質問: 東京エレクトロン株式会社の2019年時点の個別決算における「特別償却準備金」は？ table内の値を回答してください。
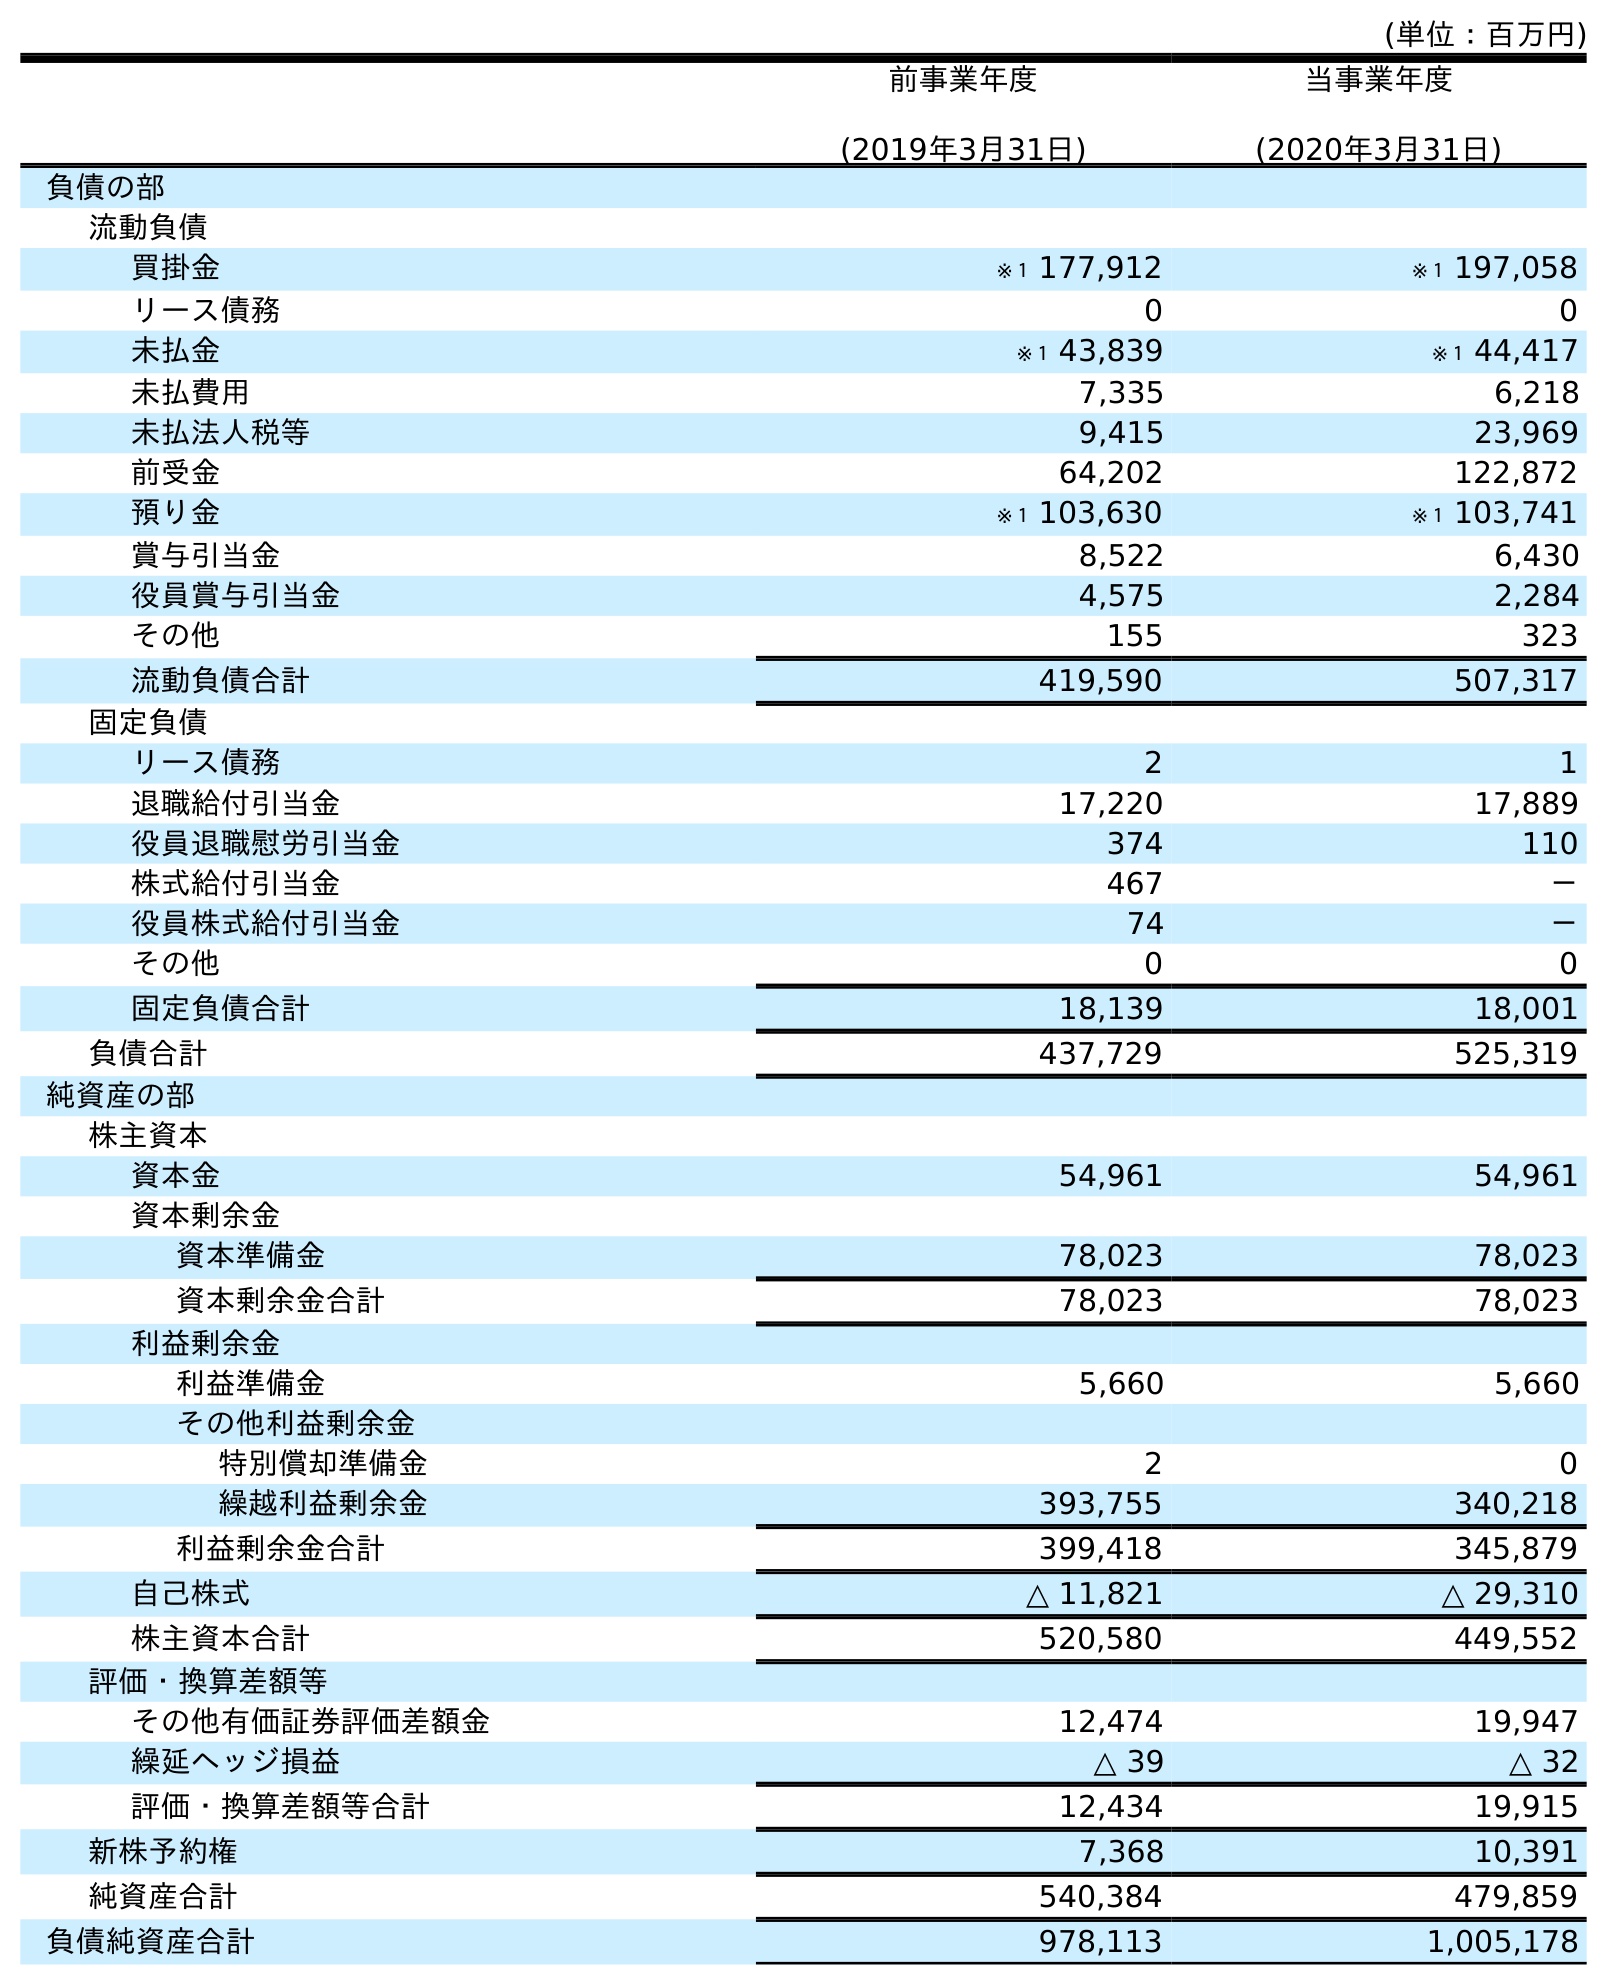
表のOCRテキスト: (単位：百万円) 前事業年度 (2019年3月31日) 当事業年度 (2020年3月31日) 負債の部 流動負債 買掛金 ※１ 177,912 ※１ 197,058 リース債務 0 0 未払金 ※１ 43,839 ※１ 44,417 未払費用 7,335 6,218 未払法人税等 9,415 23,969 前受金 64,202 122,872 預り金 ※１ 103,630 ※１ 103,741 賞与引当金 8,522 6,430 役員賞与引当金 4,575 2,284 その他 155 323 流動負債合計 419,590 507,317 固定負債 リース債務 2 1 退職給付引当金 17,220 17,889 役員退職慰労引当金 374 110 株式給付引当金 467 － 役員株式給付引当金 74 － その他 0 0 固定負債合計 18,139 18,001 負債合計 437,729 525,319 純資産の部 株主資本 資本金 54,961 54,961 資本剰余金 資本準備金 78,023 78,023 資本剰余金合計 78,023 78,023 利益剰余金 利益準備金 5,660 5,660 その他利益剰余金 特別償却準備金 2 0 繰越利益剰余金 393,755 340,218 利益剰余金合計 399,418 345,879 自己株式 △ 11,821 △ 29,310 株主資本合計 520,580 449,552 評価・換算差額等 その他有価証券評価差額金 12,474 19,947 繰延ヘッジ損益 △ 39 △ 32 評価・換算差額等合計 12,434 19,915 新株予約権 7,368 10,391 純資産合計 540,384 479,859 負債純資産合計 978,113 1,005,178
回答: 2